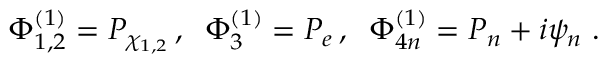
\Phi _ { 1 , 2 } ^ { ( 1 ) } = P _ { \chi _ { 1 , 2 } } \, , \; \; \Phi _ { 3 } ^ { ( 1 ) } = P _ { e } \, , \; \; \Phi _ { 4 n } ^ { ( 1 ) } = P _ { n } + i \psi _ { n } \; .